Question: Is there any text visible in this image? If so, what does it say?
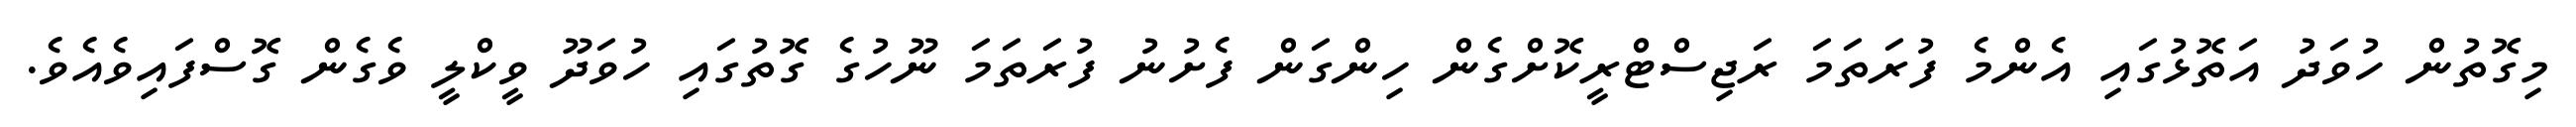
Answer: މިގޮތުން ހުވަދު އަތޮޅުގައި އެންމެ ފުރަތަމަ ރަޖިސްޓްރީކޮށްގެން ހިންގަން ފެށުނު ފުރަތަމަ ނޫހުގެ ގޮތުގައި ހުވަދޫ ވީކްލީ ވެގެން ގޮސްފައިވެއެވެ.